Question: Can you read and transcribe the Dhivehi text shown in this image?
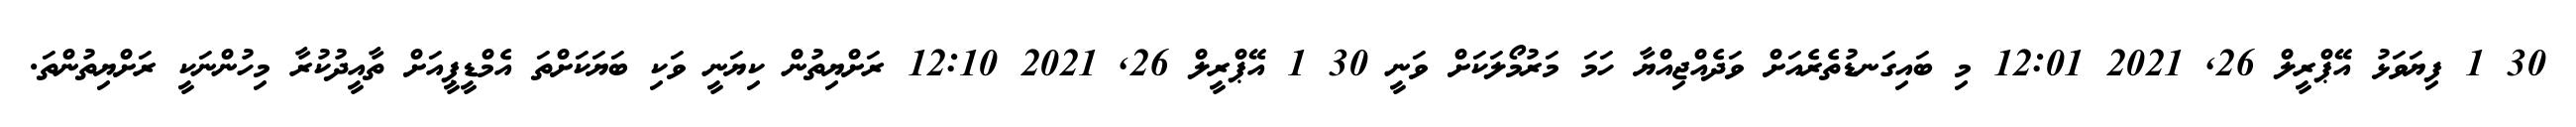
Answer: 30 1 ފިޔަވަޅު އޭޕްރީލް 26, 2021 12:01 މި ބައިގަނޑުތެރެއަށް ވަދެއްޖިއްޔާ ހަމަ މަރުމޯލަކަށް ވަނީ 30 1 އޭޕްރީލް 26, 2021 12:10 ރަށްޔިތުން ކިޔަނީ ވަކި ބަޔަކަށްތަ އެމްޑީޕީއަށް ތާއީދުކުރާ މިހުންނަކީ ރަށްޔިތުންތަ.